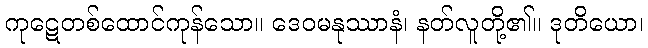
ကုဋေတစ်ထောင်ကုန်သော။ ဒေဝမနုဿာနံ၊ နတ်လူတို့၏။ ဒုတိယော၊